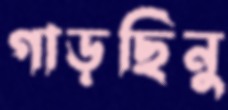
গাড়ছিনু